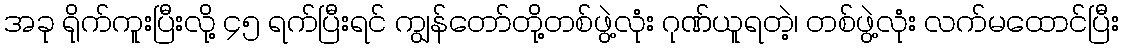
အခု ရိုက်ကူးပြီးလို့ ၄၅ ရက်ပြီးရင် ကျွန်တော်တို့တစ်ဖွဲ့လုံး ဂုဏ်ယူရတဲ့၊ တစ်ဖွဲ့လုံး လက်မထောင်ပြီး